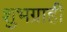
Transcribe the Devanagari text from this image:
शुभग्राही